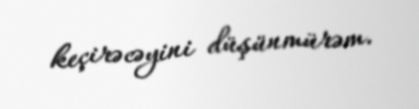
keçirəcəyini düşünmürəm.